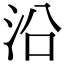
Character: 沿